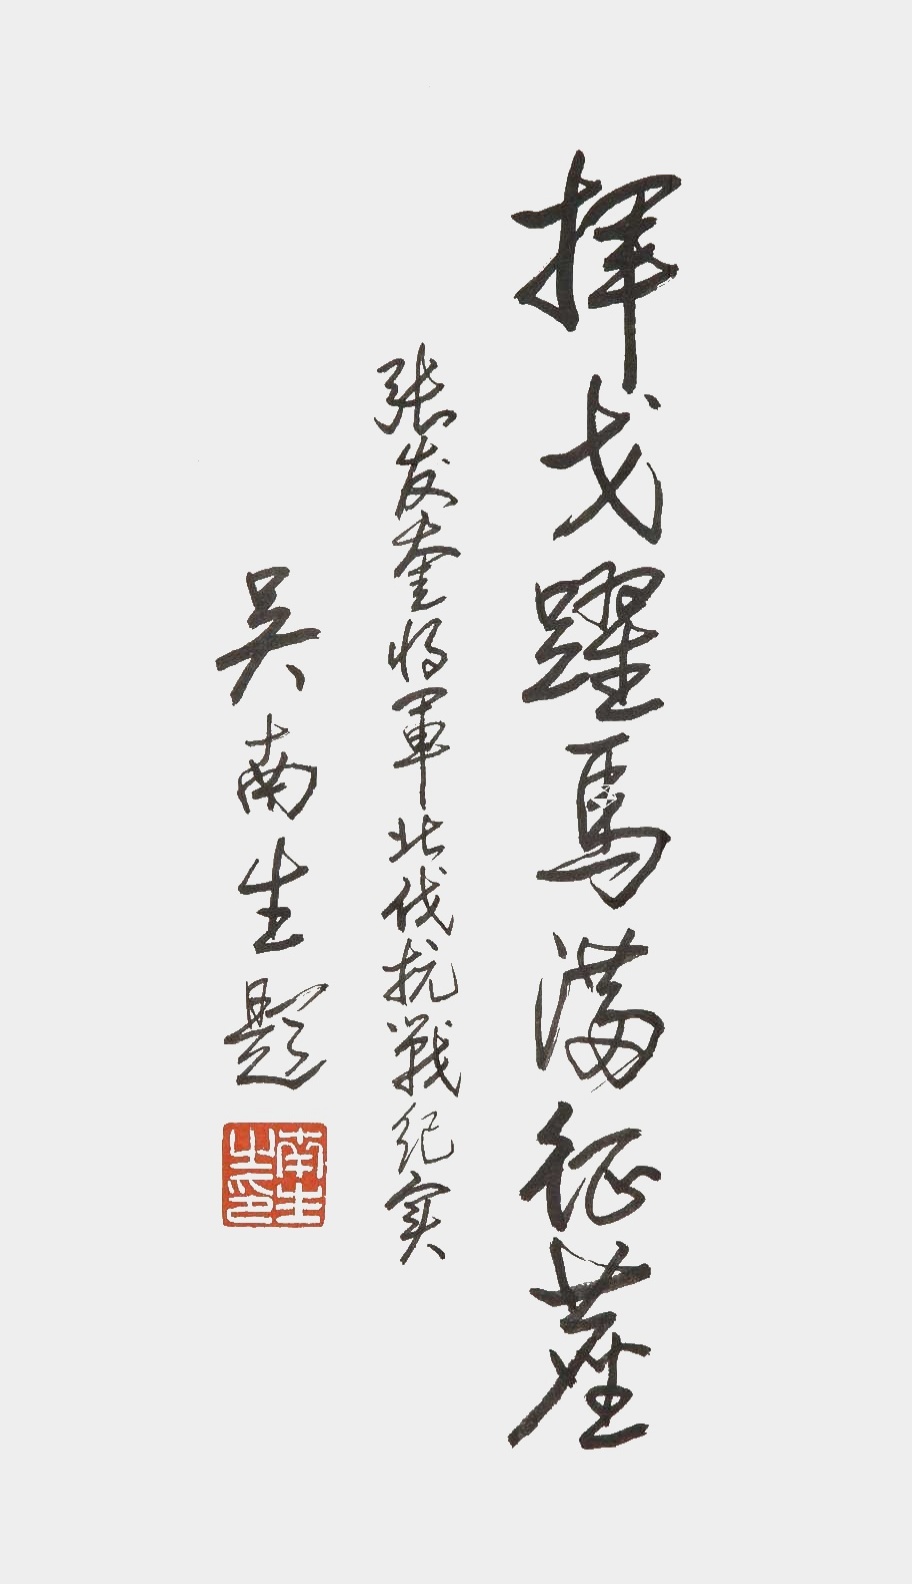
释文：挥戈跃马满征尘。张发奎将军北伐抗战纪实，吴南生题。